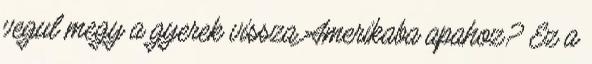
vegul megy a gyerek vissza Amerikaba apahoz? Ez a